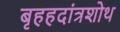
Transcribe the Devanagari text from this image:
बृहहदांत्रशोथ